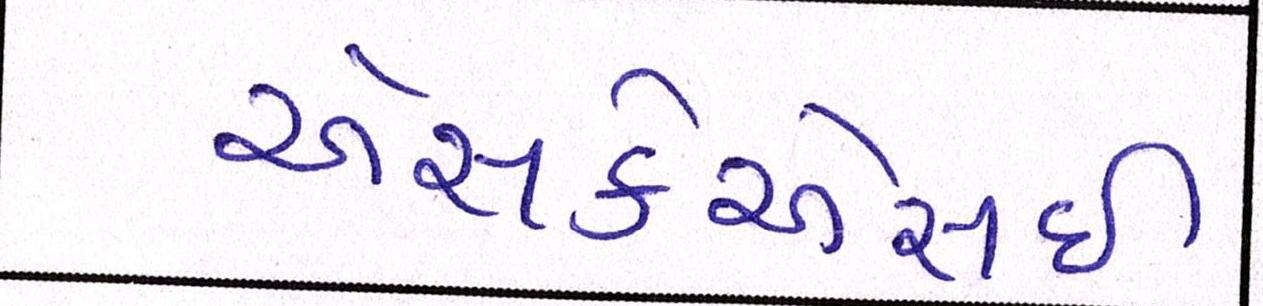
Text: એસકેએસઈ